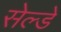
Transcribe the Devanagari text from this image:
सेल्डे